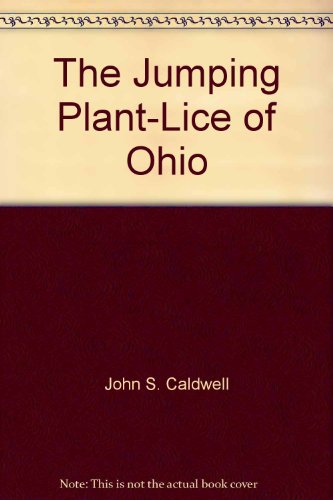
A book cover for The Jumping Plant-Lice of Ohio (Homoptera: Chermidae); John S. Caldwell; Health, Fitness & Dieting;